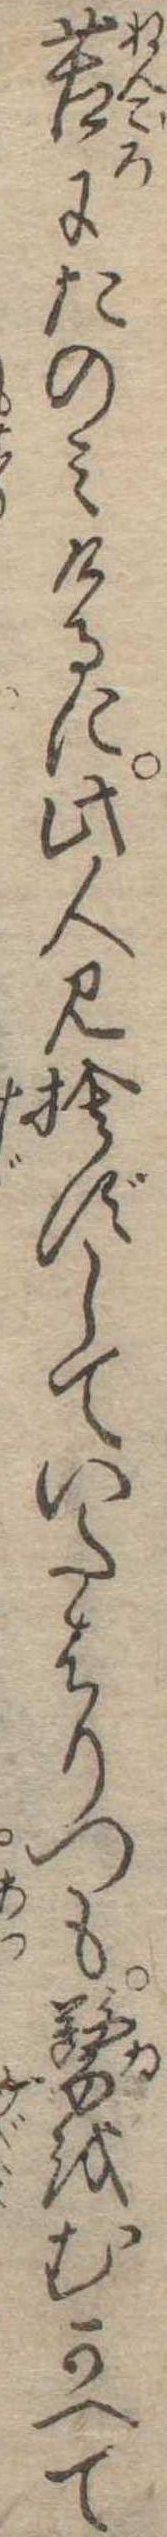
苦にたのみけるに此人見捨ずしていたはりつも医をむかへて